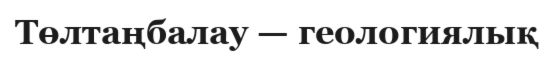
Төлтаңбалау — геологиялық